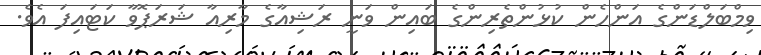
ވިމްބަލްޑަންގެ އަންހެން ކުޅުންތެރިންގެ ބައިން ވަނީ ރަޝިއާގެ މާރިއާ ޝަރަޕޮވާ ކަޓައިފަ އެވެ.